Investigations on Bengal jail dietaries - Number 37
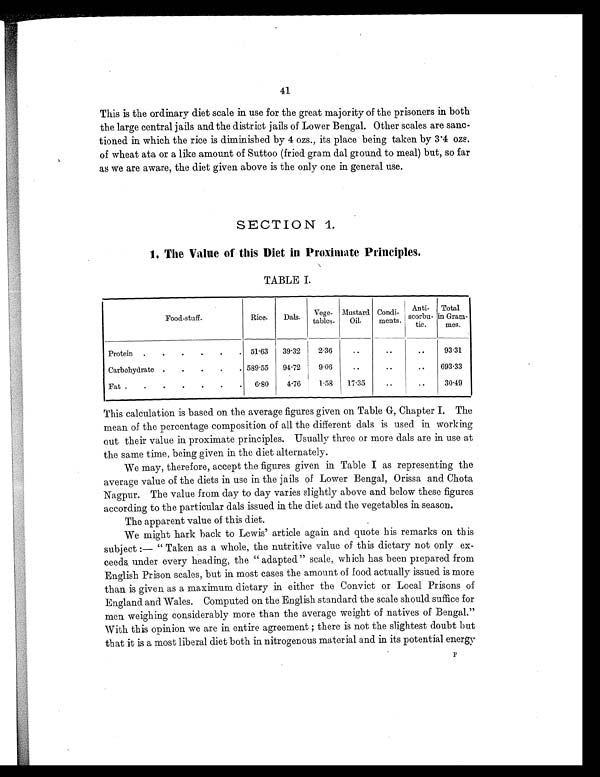
41
This is the ordinary diet scale in use for the great majority of the prisoners in both
the large central jails and the district jails of Lower Bengal. Other scales are sanc-
tioned in which the rice is diminished by 4 ozs., its place being taken by 3.4 ozs.
of wheat ata or a like amount of Suttoo (fried gram dal ground to meal) but, so far
as we are aware, the diet given above is the only one in general use.
SECTION 1.
1. The Value of this Diet in Proximate Principles.
TABLE I.
Food-stuff.
Rice.
Dals.
Vege-
tables.
Mustard
Oil.
Condi-
ments.
Anti-
scorbu-
tic.
Total
in Gram-
mes.
Protein
.
.
.
.
.
. 51.63
39.32
2.36
..
..
..
93.31
Carbohydrate .
.
.
.
. 589.55
94.72
9.06
..
..
..
693.33
Fat .
. .
.
.
.
.
6.80
4.76
1.58
17.35
..
..
30.49
This calculation is based on the average figures given on Table G, Chapter I. The
mean of the percentage composition of all the different dals is used in working
out their value in proximate principles. Usually three or more dals are in use at
the same time, being given in the diet alternately.
We may, therefore, accept the figures given in Table I as representing the
average value of the diets in use in the jails of Lower Bengal, Orissa and Chota
Nagpur. The value from day to day varies slightly above and below these figures
according to the particular dals issued in the diet and the vegetables in season.
The apparent value of this diet.
We might hark back to Lewis' article again and quote his remarks on this
subject :—" Taken as a whole, the nutritive value of this dietary not only ex-
ceeds under every heading, the " adapted " scale, which has been prepared from
English Prison scales, but in most cases the amount of food actually issued is more
than is given as a maximum dietary in either the Convict or Local Prisons of
England and Wales. Computed on the English standard the scale should suffice for
men weighing considerably more than the average weight of natives of Bengal."
With this opinion we are in entire agreement ; there is not the slightest doubt but
that it is a most liberal diet both in nitrogenous material and in its potential energy
F